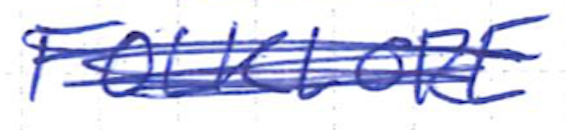
Text: FOLKLORE
Cross-out: scratch
Writing tool: ballpoint